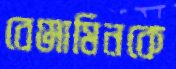
বেঞ্জামিনকে